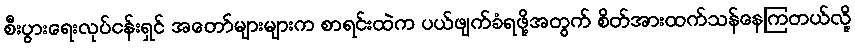
စီးပွားရေးလုပ်ငန်းရှင် အတော်များများက စာရင်းထဲက ပယ်ဖျက်ခံရဖို့အတွက် စိတ်အားထက်သန်နေကြတယ်လို့